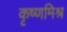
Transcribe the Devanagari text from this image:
कृष्णमिश्र